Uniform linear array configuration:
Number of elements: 16
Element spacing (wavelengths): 0.75
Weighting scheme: kaiser
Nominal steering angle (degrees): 0
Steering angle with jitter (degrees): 0.6156
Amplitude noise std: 0.05
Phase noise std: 0.05

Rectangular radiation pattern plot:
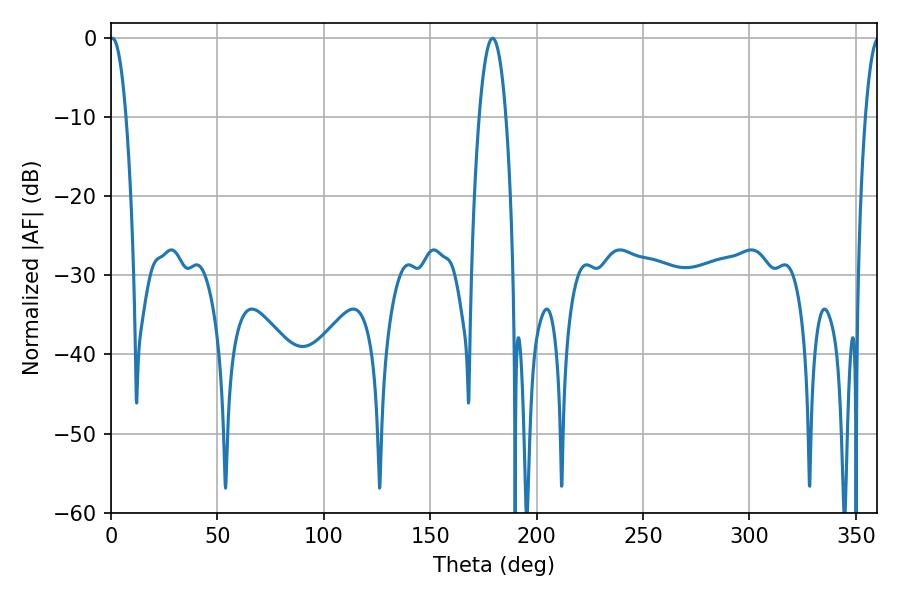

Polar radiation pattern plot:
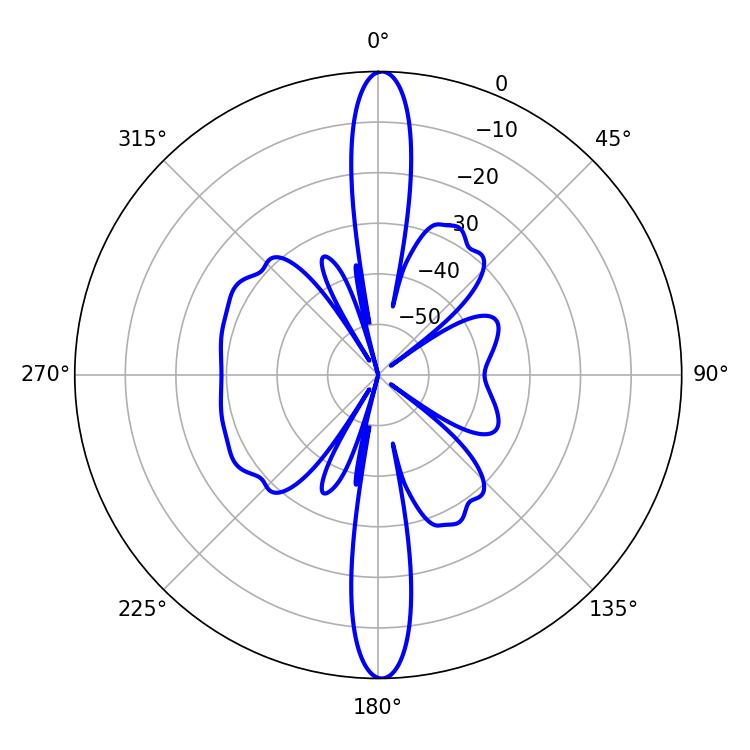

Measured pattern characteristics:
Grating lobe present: TRUE
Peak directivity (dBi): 30.337
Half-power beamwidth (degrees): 4.14
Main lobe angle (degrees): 0.72